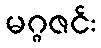
မဂ္ဂဇင်း